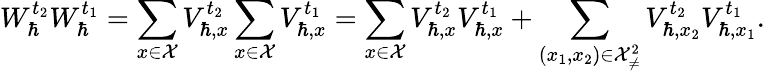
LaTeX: W_{\hbar}^{t_{2}}W_{\hbar}^{t_{1}}=\sum_{x\in\mathcal{X}}V_{\hbar,x}^{t_{2}}\sum_{x\in\mathcal{X}}V_{\hbar,x}^{t_{1}}=\sum_{x\in\mathcal{X}}V_{\hbar,x}^{t_{2}}V_{\hbar,x}^{t_{1}}+\sum_{(x_{1},x_{2})\in\mathcal{X}_{\neq}^{2}}V_{\hbar,x_{2}}^{t_{2}}V_{\hbar,x_{1}}^{t_{1}}.